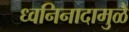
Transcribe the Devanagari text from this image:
ध्वनिनादामुळे